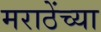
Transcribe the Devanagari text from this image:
मराठेंच्या